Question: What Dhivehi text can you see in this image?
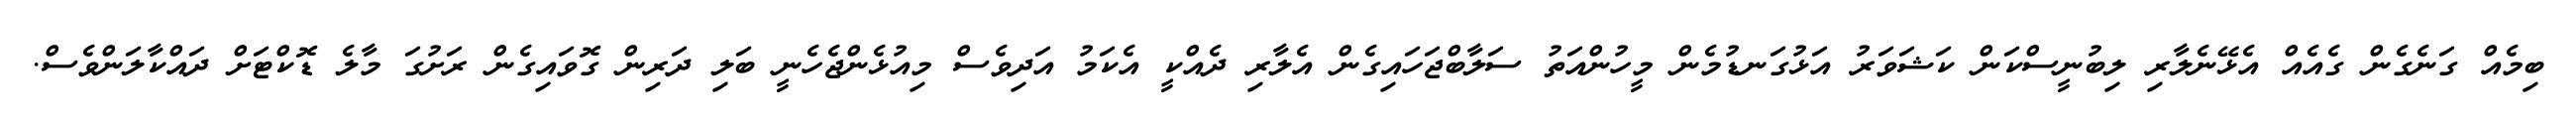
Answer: ބިމެއް ގަނެގެން ގެއެއް އެޅޭނެލާރި ލިބުނީސްކަން ކަޝަވަރު އަޅުގަނޑުމެން މީހުންއަތު ސަލާބްޖަހައިގެން އެލާރި ދެއްކީ އެކަމު އަދިވެސް މިއުޅެންޖެހެނީ ބަލި ދަރިން ގޮވައިގެން ރަށުގަ މާލެ ޑޮކްޓަށް ދައްކާލަންވެސް.